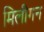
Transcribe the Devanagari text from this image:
मिलीगन